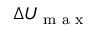
\Delta U _ { \textrm { m a x } }